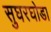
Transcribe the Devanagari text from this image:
सुघरघोडा